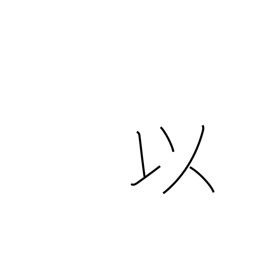
Meaning: in view of